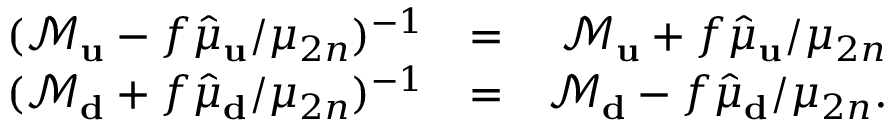
\begin{array} { r l r } { ( \mathcal { M } _ { \bf u } - f \hat { \mu } _ { \bf u } / \mu _ { 2 n } ) ^ { - 1 } } & { = } & { \mathcal { M } _ { \bf u } + f \hat { \mu } _ { \bf u } / \mu _ { 2 n } } \\ { ( \mathcal { M } _ { \bf d } + f \hat { \mu } _ { \bf d } / \mu _ { 2 n } ) ^ { - 1 } } & { = } & { \mathcal { M } _ { \bf d } - f \hat { \mu } _ { \bf d } / \mu _ { 2 n } . } \end{array}